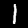
Digit: 1